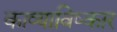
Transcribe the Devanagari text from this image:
काव्याविष्कार